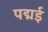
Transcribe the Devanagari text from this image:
पद्मई